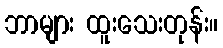
ဘာများ ထူးသေးတုန်း။